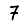
Digit: 7